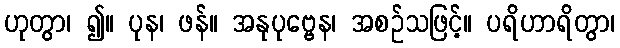
ဟုတွာ၊ ၍။ ပုန၊ ဖန်။ အနုပုဗ္ဗေန၊ အစဉ်သဖြင့်။ ပရိဟာရိတွာ၊